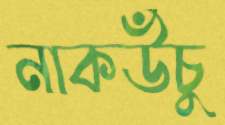
নাকউঁচু